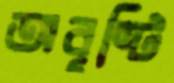
অবৃষ্টি